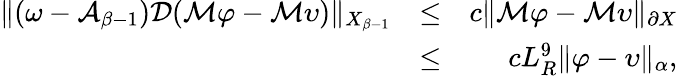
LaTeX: \begin{array}{rlr}{\| (\omega-\mathcal{A}_{\beta-1})\mathcal{D}(\mathcal{M}\varphi-\mathcal{M}\upsilon)\| _{X_{\beta-1}}}&{\leq}&{c\| \mathcal{M}\varphi-\mathcal{M}\upsilon\| _{\partial X}}\\ &{\leq}&{cL_{R}^{9}\| \varphi-\upsilon\| _{\alpha},}\end{array}